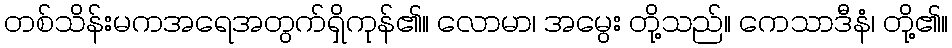
တစ်သိန်းမကအရေအတွက်ရှိကုန်၏။ လောမာ၊ အမွေး တို့သည်။ ကေသာဒီနံ၊ တို့၏။